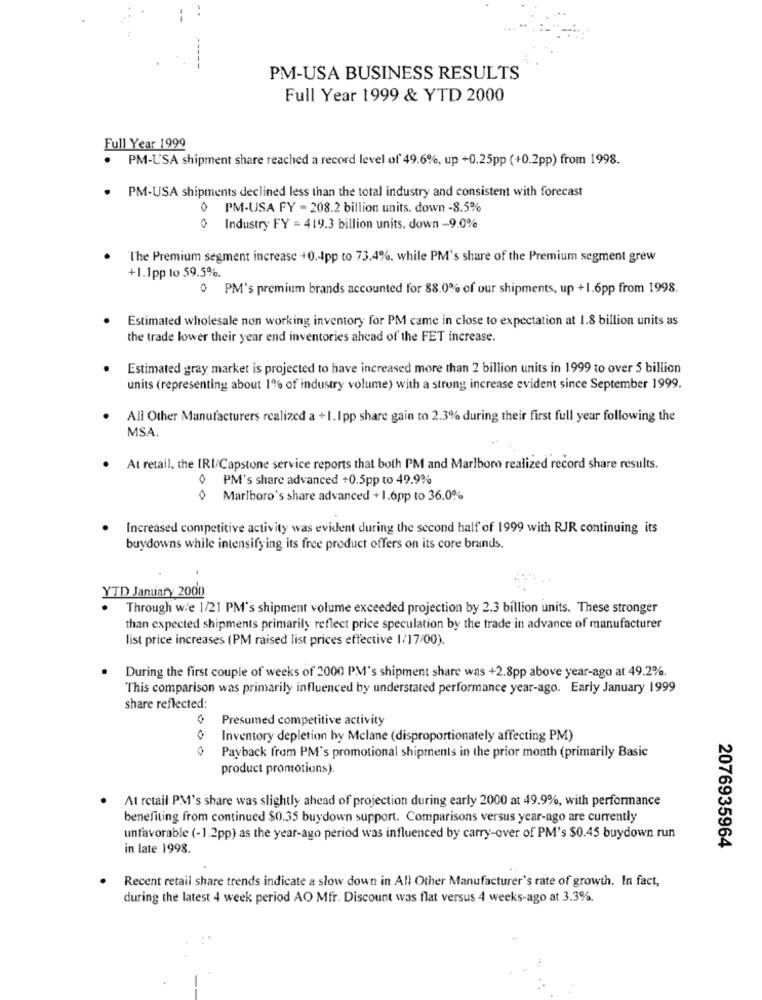
PM-USA BUSINESS RESULTS
Full Year 1999 & YTD 2000
Full Year 1999
PM-U'SA shipment share reached a record level of 49.6%, up +0.25pp (+0.2pp) from 1998.
PM-USA shipments declined less than the total industry and consistent with forecast
0 PM-USA FY - 208.2 billion units. down -8.5%
0 Industry FY = 419.3 billion units. down -9.0%
The Premium segment increase +0 .- Ipp to 73.4%, while PM's share of the Premium segment grew
+1.1pp to 59.5%.
0 PM's premium brands accounted for 88.0% of our shipments, up +1.6pp from 1998.
Estimated wholesale non working inventory for PM came in close to expectation at 1.8 billion units as
the trade lower their year end inventories ahead of the FET increase.
Estimated gray market is projected to have increased more than 2 billion units in 1999 to over 5 billion
units (representing about 1% of industry volume) with a strong increase evident since September 1999.
All Other Manufacturers realized a +1.Ipp share gain to 2.3% during their first full year following the
MSA.
. At retail, the IRI/Capstone service reports that both PM and Marlboro realized record share results.
0
PM's share advanced +0.5pp to 49.9%
Marlboro's share advanced + 1.6pp to 36.0%
Increased competitive activity was evident during the second half of 1999 with RJR continuing its
buydowns while intensifying its free product offers on its core brands.
YTD January 2000
Through w/e 1/21 PM's shipment volume exceeded projection by 2.3 billion units. These stronger
than expected shipments primarily reflect price speculation by the trade in advance of manufacturer
list price increases (PM raised list prices effective 1/17/00).
During the first couple of weeks of 2000 PM's shipment share was +2.8pp above year-ago at 49.2%.
This comparison was primarily influenced by understated performance year-ago. Early January 1999
share reflected:
Presumed competitive activity
Inventory depletion hy Mclane (disproportionately affecting PM)
0
Payback from PM's promotional shipments in the prior month (primarily Basic
product promotions).
At retail PM's share was slightly ahead of projection during early 2000 at 49.9%, with performance
benefiting from continued $0.35 buydown support. Comparisons versus year-ago are currently
unfavorable (-1.2pp) as the year-ago period was influenced by carry-over of PM's $0.45 buydown run
in late 1998.
2076935964
Recent retail share trends indicate a slow down in All Other Manufacturer's rate of growth. In fact,
.
during the latest 4 week period AO Mfr. Discount was flat versus 4 weeks-ago at 3.3%.